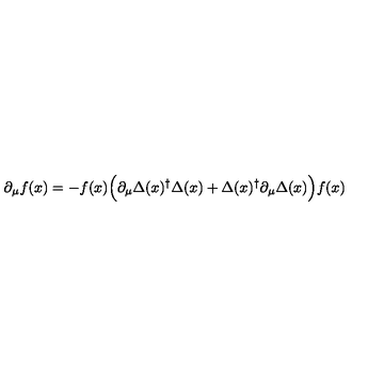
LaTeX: \partial _ { \mu } f ( x ) = - f ( x ) \Bigl ( \partial _ { \mu } \Delta ( x ) ^ { \dagger } \Delta ( x ) + \Delta ( x ) ^ { \dagger } \partial _ { \mu } \Delta ( x ) \Bigr ) f ( x )